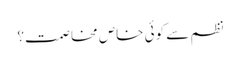
نظم سے کوئی خاص مخاصمت؟